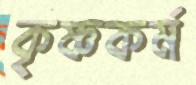
কৃষ্ণকর্ম